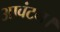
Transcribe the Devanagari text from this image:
आवंटन।